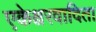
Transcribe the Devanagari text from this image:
एकेश्वरवादिता